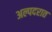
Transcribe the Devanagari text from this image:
अल्पदरात